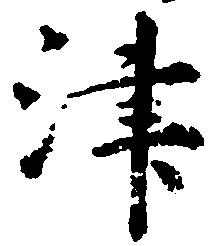
津